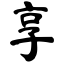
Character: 享